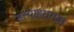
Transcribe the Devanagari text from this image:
सत्याहत्तरावा